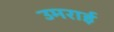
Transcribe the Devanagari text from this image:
उमराई